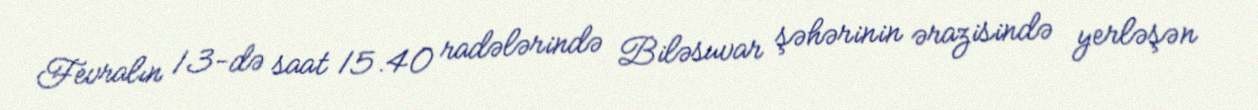
Fevralın 13-də saat 15.40 radələrində Biləsuvar şəhərinin ərazisində yerləşən